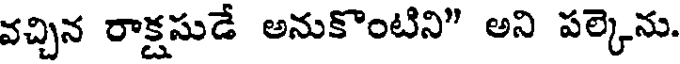
వచ్చిన రాక్షసుడే అనుకొంటిని" అని పల్కెను.